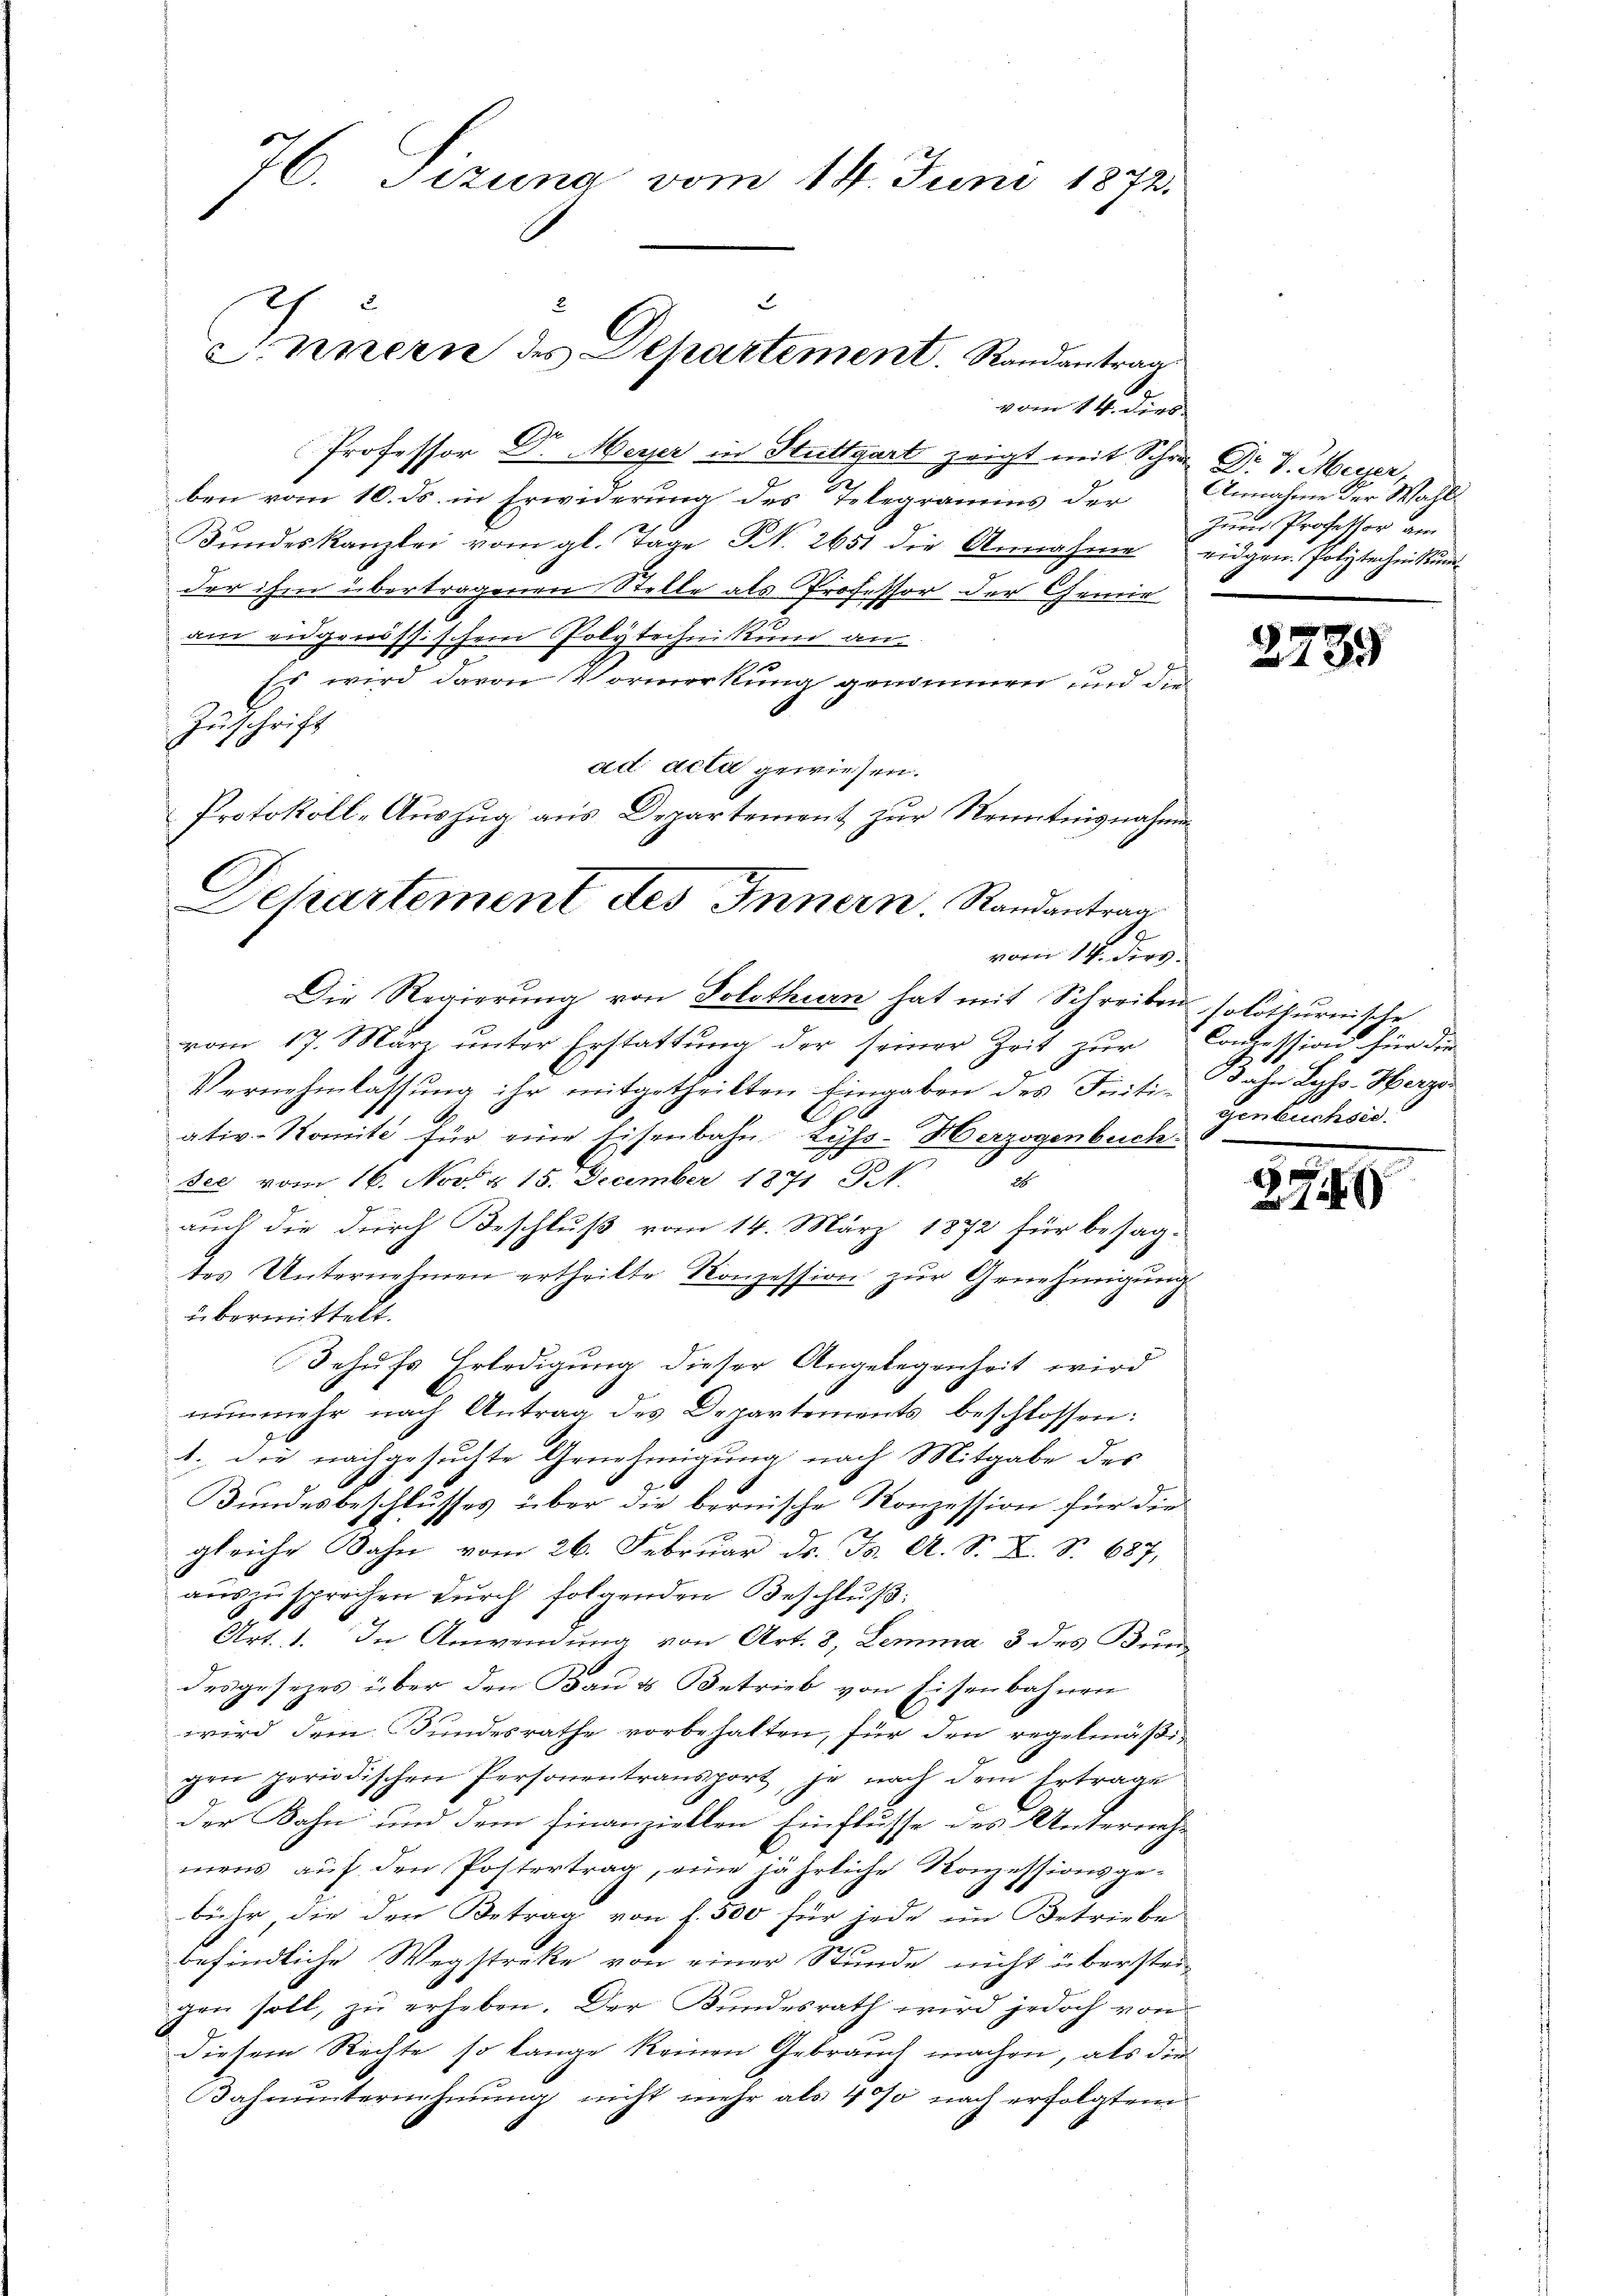
76. Sizung vom 14. Juni 1872.

Innern des Departement. Randantrag

vom 14. dies
Professor Dr Meyer in Stuttgart zeigt mit Schri
ben vom 10. ds. in Erwiderung des Telegramms der Annahme der Wahl
Bŭndeskanzlei vom gl. Tage N. 2651 die Annahme eidgen. Polytechnikum
der ihm übertragenen Stelle als Professor der Gemie
am eidgenössischem Polytechnikum an
Es wird davon Vormerkung genommen und d.
Zuschrift
h
ad acti gewiesen.
Protokoll-Auszug aus Departement zur Renntnisnahmen
C
Departement des Innern. Randantrag

vom 14. Derz.

Die Regierung von Solothurn hat mit Schreiben solothurnische
vom 17. März unter Erstattung der seiner Zeit zur Conzession für die
Vernehmlassung ihr mitgetheilten Eingaben des Initi- Jahn Lyss-Herze
C
ativ-Komite für eine Eisenbahn Zyps-Herzogenbuch.
h
see vom 16. Nov. 15. December 1871 Frk.
auch die durch Beschluß vom 14. März 1872 für besagtes Unternehmen ertheilte Konzession zur Genehmigung
übermittelt.
Behufs Erledigung dieser Angelegenheit wird
nŭnmehr nach Antrag des Departements beschlossen:
1. Die nachgesuchte Genehmigung nach Mitgabe des
Bundesbeschlusses über die bernische Konzession für die
gleiche Bahn vom 26. Februar d. Js. A. S. X. S. 687,
auszusprechen durch folgenden Beschluß:
Art. 1. In Anwendung von Art. 8, Lemma 3 des Bun-
d
desgesezes über den Baues Betrieb von Eisenbahnen
wird dem Bundesrathe vorbehalten, für den regelmäßigen periodischen Personentransport, je nach dem Ertrage
der Bahn und dem Finanziellen Einflusse des Unternehmens auf den Postertrag, eine jährliche Konzessionsgebühr, die den Betrag von f. 500 für jede im Betriebe
befindliche Wegstreke von einer Stunde nicht überstei-
gen soll, zu erheben. Der Bundesrath wird jedoch von
diesem Rechte so lange keinen Gebrauch machen, als die
Bahnunternehmung nicht mehr als 400 nach erfolgtem

Dr. v. Meyer,
Zum Professor am

2239

genbuchsic

279